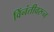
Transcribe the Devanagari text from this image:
विंनंतीवरून